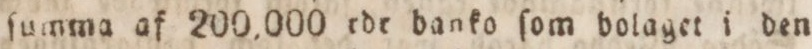
ſumma af 200,000 rdr banko ſom bolaget i den